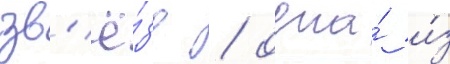
зв'ё́зд / одна́ и́з